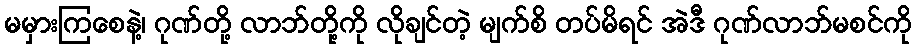
မမှားကြစေနဲ့၊ ဂုဏ်တို့ လာဘ်တို့ကို လိုချင်တဲ့ မျက်စိ တပ်မိရင် အဲဒီ ဂုဏ်လာဘ်မစင်ကို